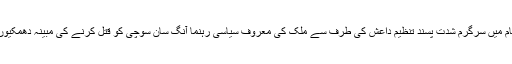
میانمار کے حکام نے عراق و شام میں سرگرم شدت پسند تنظیم داعش کی طرف سے ملک کی معروف سیاسی رہنما آنگ سان سوچی کو قتل کرنے کی مبینہ دھمکیوں کی تحقیقات شروع کر دی ہے۔